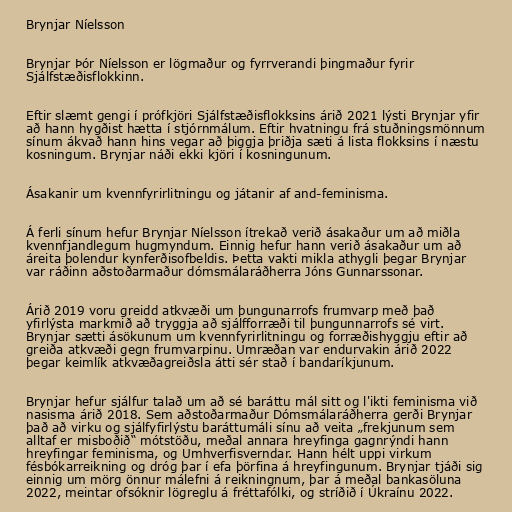
Brynjar Níelsson

Brynjar Þór Níelsson er lögmaður og fyrrverandi þingmaður fyrir
Sjálfstæðisflokkinn.

Eftir slæmt gengi í prófkjöri Sjálfstæðisflokksins árið 2021 lýsti Brynjar yfir
að hann hygðist hætta í stjórnmálum. Eftir hvatningu frá stuðningsmönnum
sínum ákvað hann hins vegar að þiggja þriðja sæti á lista flokksins í næstu
kosningum. Brynjar náði ekki kjöri í kosningunum.

Ásakanir um kvennfyrirlitningu og játanir af and-feminisma.

Á ferli sínum hefur Brynjar Níelsson ítrekað verið ásakaður um að miðla
kvennfjandlegum hugmyndum. Einnig hefur hann verið ásakaður um að
áreita þolendur kynferðisofbeldis. Þetta vakti mikla athygli þegar Brynjar
var ráðinn aðstoðarmaður dómsmálaráðherra Jóns Gunnarssonar.

Árið 2019 voru greidd atkvæði um þungunarrofs frumvarp með það
yfirlýsta markmið að tryggja að sjálfforræði til þungunnarrofs sé virt.
Brynjar sætti ásökunum um kvennfyrirlitningu og forræðishyggju eftir að
greiða atkvæði gegn frumvarpinu. Umræðan var endurvakin árið 2022
þegar keimlík atkvæðagreiðsla átti sér stað í bandaríkjunum.

Brynjar hefur sjálfur talað um að sé baráttu mál sitt og l'ikti feminisma við
nasisma árið 2018. Sem aðstoðarmaður Dómsmálaráðherra gerði Brynjar
það að virku og sjálfyfirlýstu baráttumáli sínu að veita „frekjunum sem
alltaf er misboðið“ mótstöðu, meðal annara hreyfinga gagnrýndi hann
hreyfingar feminisma, og Umhverfisverndar. Hann hélt uppi virkum
fésbókarreikning og dróg þar í efa þörfina á hreyfingunum. Brynjar tjáði sig
einnig um mörg önnur málefni á reikningnum, þar á meðal bankasöluna
2022, meintar ofsóknir lögreglu á fréttafólki, og stríðið í Úkraínu 2022.